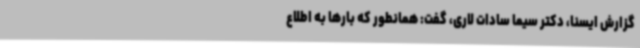
گزارش ایسنا، دکتر سیما سادات لاری، گفت: همانطور که بارها به اطلاع